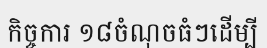
កិច្ចការ ១៨ចំណុចធំៗដើម្បី